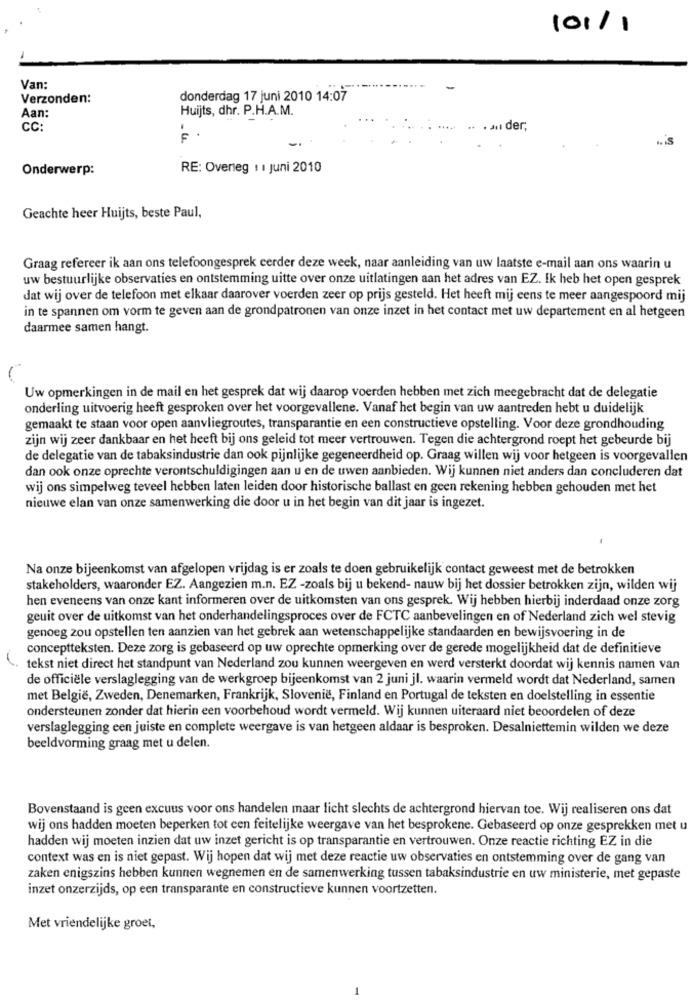
101/1
Van:
Verzonden:
donderdag 17 juni 2010 14:07
Aan:
Huijts, dhr. P.H.A.M.
CC:
. an der,
Onderwerp:
RE: Overleg 1 1 Juni 2010
Geachte heer Huijts, beste Paul,
Graag refereer ik aan ons telefoongesprek eerder deze week, naar aanleiding van uw laatste e-mail aan ons waarin u
uw bestuurlijke observaties en ontstemming uitte over onze uitlatingen aan het adres van EZ. Ik heb het open gesprek
dat wij over de telefoon met elkaar daarover voerden zeer op prijs gesteld. Het heeft mij eens te meer aangespoord mij
in te spannen om vorm te geven aan de grondpatronen van onze inzet in het contact met uw departement en al hetgeen
daarmee samen hangt.
Uw opmerkingen in de mail en het gesprek dat wij daarop voerden hebben met zich meegebracht dat de delegatie
onderling uitvoerig heeft gesproken over het voorgevallene. Vanaf het begin van uw aantreden hebt u duidelijk
gemaakt te staan voor open aanvliegroutes, transparantie en een constructieve opstelling. Voor deze grondhouding
zijn wij zeer dankbaar en het heeft bij ons geleid tot meer vertrouwen. Tegen die achtergrond roept het gebeurde bij
de delegatie van de tabaksindustrie dan ook pijnlijke gegeneerdheid op. Graag willen wij voor hetgeen is voorgevallen
dan ook onze oprechte verontschuldigingen aan u en de uwen aanbieden. Wij kunnen niet anders dan concluderen dat
wij ons simpelweg teveel hebben laten leiden door historische ballast en geen rekening hebben gehouden met het
nieuwe elan van onze samenwerking die door u in het begin van dit jaar is ingezet.
Na onze bijeenkomst van afgelopen vrijdag is er zoals te doen gebruikelijk contact geweest met de betrokken
stakeholders, waaronder EZ. Aangezien m.n. EZ -zoals bij u bekend- nauw bij het dossier betrokken zijn, wilden wij
hen eveneens van onze kant informeren over de uitkomsten van ons gesprek. Wij hebben hierbij inderdaad onze zorg
geuit over de uitkomst van het onderhandelingsproces over de FCTC aanbevelingen en of Nederland zich wel stevig
genoeg zou opstellen ten aanzien van het gebrek aan wetenschappelijke standaarden en bewijsvoering in de
conceptteksten. Deze zorg is gebaseerd op uw oprechte opmerking over de gerede mogelijkheid dat de definitieve
tekst niet direct het standpunt van Nederland zou kunnen weergeven en werd versterkt doordat wij kennis namen van
de officiële verslaglegging van de werkgroep bijeenkomst van 2 juni jl. waarin vermeld wordt dat Nederland, samen
met België, Zweden, Denemarken, Frankrijk, Slovenië, Finland en Portugal de teksten en doelstelling in essentie
ondersteunen zonder dat hierin een voorbehoud wordt vermeld. Wij kunnen uiteraard niet beoordelen of deze
verslaglegging een juiste en complete weergave is van hetgeen aldaar is besproken. Desalniettemin wilden we deze
beeldvorming graag met u delen.
Bovenstaand is geen excuus voor ons handelen maar licht slechts de achtergrond hiervan toe. Wij realiseren ons dat
wij ons hadden moeten beperken tot een feitelijke weergave van het besprokene. Gebaseerd op onze gesprekken met u
hadden wij moeten inzien dat uw inzet gericht is op transparantie en vertrouwen. Onze reactie richting EZ in die
context was en is niet gepast. Wij hopen dat wij met deze reactie uw observaties en ontstemming over de gang van
zaken enigszins hebben kunnen wegnemen en de samenwerking tussen tabaksindustrie en uw ministerie, met gepaste
inzet onzerzijds, op een transparante en constructieve kunnen voortzetten.
Met vriendelijke groet,